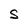
Character: S